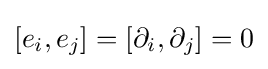
[e_{i},e_{j}]=[\partial _{i},\partial _{j}]=0